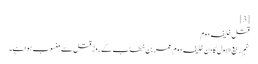
[3]
قتل خلیفہ دوم
نہم ربیع‌ الاول کا دن خلیفہ دوم عمر بن خطاب کے روز قتل سے منسوب ہوا ہے۔